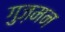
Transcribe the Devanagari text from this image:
गुज़मन